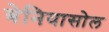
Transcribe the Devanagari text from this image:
बेनियासोल